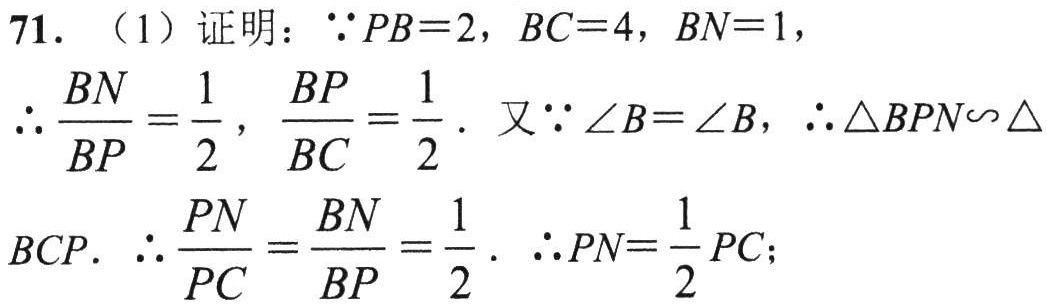
71. （1）证明：$\because PB = 2$，$BC = 4$，$BN = 1$，
$\therefore \frac{BN}{BP}=\frac{1}{2}$，$\frac{BP}{BC}=\frac{1}{2}$. 又$\because \angle B=\angle B$，$\therefore \triangle BPN\sim \triangle BCP$. $\therefore \frac{PN}{PC}=\frac{BN}{BP}=\frac{1}{2}$. $\therefore PN=\frac{1}{2}PC$；